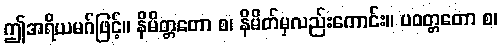
ဤအရိယမဂ်ဖြင့်။ နိမိတ္တတော စ၊ နိမိတ်မှလည်းကောင်း။ ပဝတ္တတော စ၊